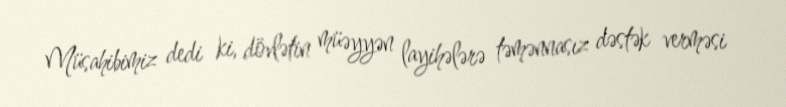
Müsahibimiz dedi ki, dövlətin müəyyən layihələrə təmənnasız dəstək verməsi